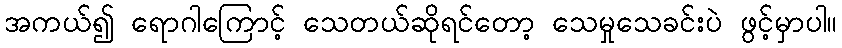
အကယ်၍ ရောဂါကြောင့် သေတယ်ဆိုရင်တော့ သေမှုသေခင်းပဲ ဖွင့်မှာပါ။